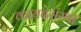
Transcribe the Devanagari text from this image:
कायदेसंस्था